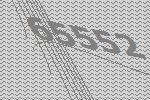
65552